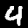
Label: 4